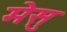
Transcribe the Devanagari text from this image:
मेसु